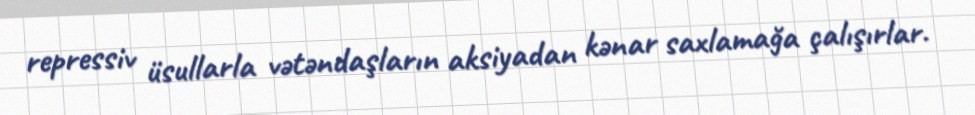
repressiv üsullarla vətəndaşların aksiyadan kənar saxlamağa çalışırlar.